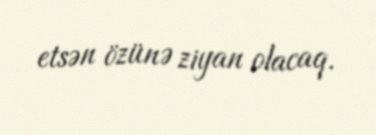
etsən özünə ziyan olacaq.